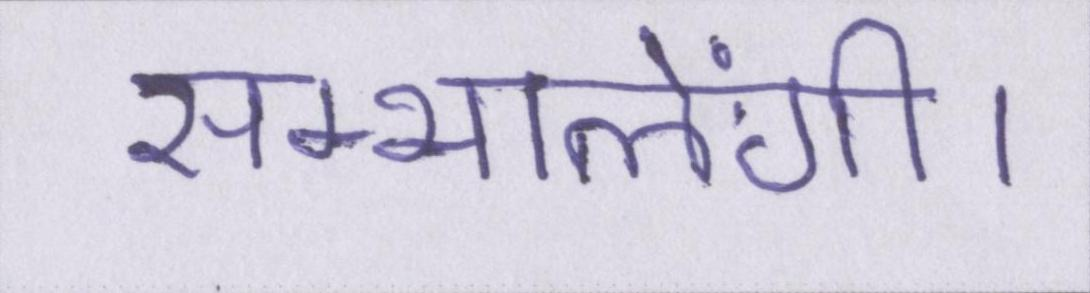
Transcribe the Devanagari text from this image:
सम्भालेंगी।